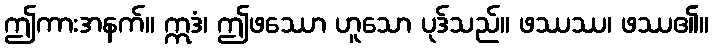
ဤကားအနက်။ ဣဒံ၊ ဤဖဿော ဟူသော ပုဒ်သည်။ ဖဿဿ၊ ဖဿ၏။